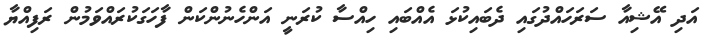
އަދި އޭޝިއާ ސަރަހައްދުގައި ދެބައިކުޅަ އެއްބައި ހިއްސާ ކުރަނީ އަންހެނުންކަން ފާހަގަކުރައްވަމުން ރަފިއްޔާ